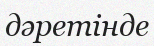
дәретінде